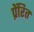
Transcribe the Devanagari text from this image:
प्रेंरित